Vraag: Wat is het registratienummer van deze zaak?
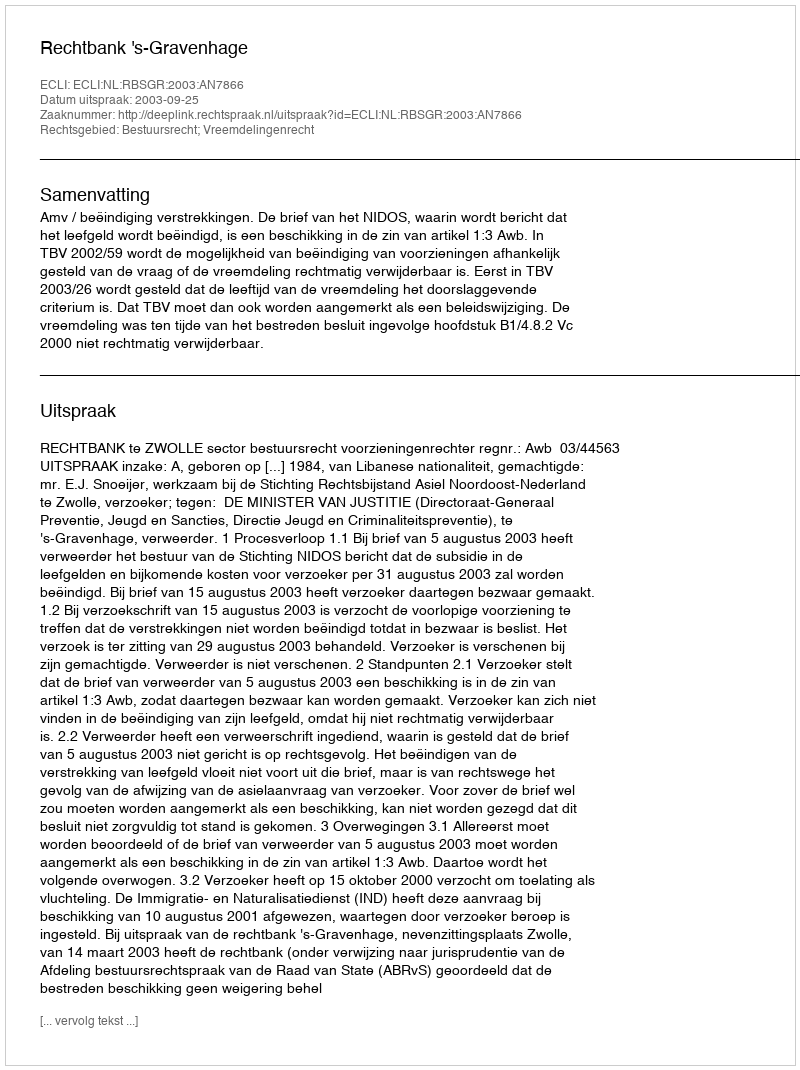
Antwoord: http://deeplink.rechtspraak.nl/uitspraak?id=ECLI:NL:RBSGR:2003:AN7866